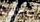
عميقا